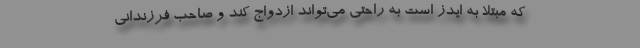
که مبتلا به ایدز است به راحتی می‌تواند ازدواج کند و صاحب فرزندانی